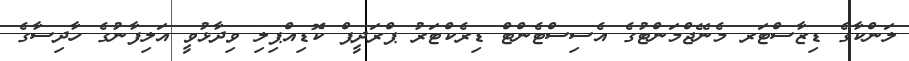
ލަންކާގެ ޑިޒާސްޓަރ މެނޭޖްމަންޓުގެ އެސިސްޓެންޓް ޑިރެކްޓަރު ޕްރަދީޕް ކޮޑިއްޕިލި ވިދާޅުވީ އަލިފާނުގެ ހާދިސާގެ